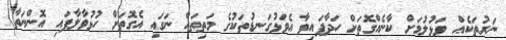
ނަރުތަކެއް ވަޅުލުމަށް ކާނެއްގޮތަށް ހަދާފައިވާ އެވަޅުގަނޑުތަކުގެ މަތިތައް ނަގައި އެގޮތަށް ހުޅުވާލާފައި އޮންނަތާ